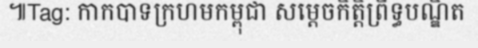
៕Tag: កាកបាទក្រហមកម្ពុជា សម្តេចកិត្តិព្រឹទ្ធបណ្ឌិត